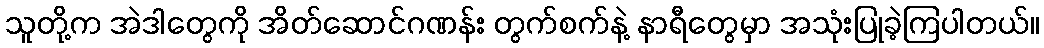
သူတို့က အဲဒါတွေကို အိတ်ဆောင်ဂဏန်း တွက်စက်နဲ့ နာရီတွေမှာ အသုံးပြုခဲ့ကြပါတယ်။